Lunatic asylums in Bengal annual reports 1888-1898 - 1888-1898
Year: 1888
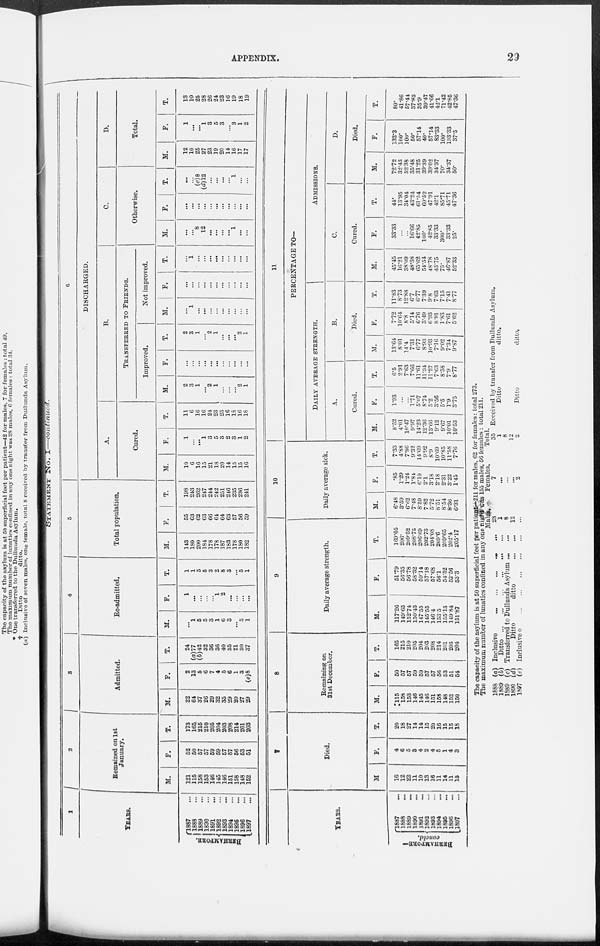
APPENDIX.
29
STATEMENT No. I—continued.
1
YEARS.
BERHAMPORE.
1887 ...
1888 ...
1889 ...
1890 ...
1891 ...
1892 ...
1893 ...
1894 ...
1895 ...
1896 ...
1897 ...
2
Remained on 1st
January.
M.
121
115
158
153
146
145
146
151
158
148
152
F.
52
50
57
57
59
59
57
57
56
53
51
T.
173
165
215
210
205
204
203
208
214
201
203
3
Admitted.
M.
22
64
37
26
29
32
35
29
20
27
29
F.
2
13
5
6
7
4
5
6
1
3
(e)8
T.
24
(a)77
(b)42
32
36
36
40
35
21
30
37
4
Re-admitted.
M.
...
1
5
5
3
1
6
3
...
5
1
F.
1
...
...
...
...
1
2
...
...
...
...
T.
1
1
5
5
3
2
8
3
...
5
1
5
Total population.
M.
143
180
200
184
178
178
187
183
178
180
182
F.
55
63
62
63
66
64
64
63
57
56
59
T.
198
243
262
247
244
242
251
246
235
236
241
6
DISCHARGED.
A.
Cured.
M.
10
6
16
15
21
18
20
14
15
15
16
F.
1
...
...
1
3
5
3
2
3
1
2
T.
11
6
16
16
24
23
23
16
18
16
18
B.
TRANSFERRED TO FRIENDS.
Improved.
M.
2
3
1
...
2
1
...
...
...
2
1
F.
...
...
...
...
...
...
...
...
...
...
...
T.
2
3
1
...
2
1
...
...
...
2
1
Not improved.
M.
...
1
...
...
...
...
...
...
...
...
...
F.
...
...
...
...
...
...
...
...
...
...
...
T.
...
1
...
...
...
...
...
...
...
...
...
C.
Otherwise.
M.
...
...
8
12
...
...
...
...
1
...
...
F.
...
...
...
...
...
...
...
...
...
...
...
T.
...
...
(e)8
(d)12 ...
...
...
...
1
...
...
D.
Total.
M.
12
10
25
27
23
19
20
14
16
17
17
F.
1
...
...
1
3
5
3
...
3
1
2
T.
13
10
25
28
26
24
23
16
19
18
19
YEARS.
BERHAMPORE—
concld.
1887 ...
1888 ...
1889 ...
1890 ...
1891 ...
1892 ...
1893 ...
1894 ...
1895 ...
1896 ...
1897 ...
7
Died.
M
16
12
22
11
10
13
16
11
14
11
15
F.
4
6
5
3
4
2
4
5
1
4
3
T.
20
18
27
14
14
15
20
16
15
15
18
8
Remaining on
31st December.
M.
115
158
153
146
145
146
151
158
148
152
150
F.
50
57
57
59
59
57
57
56
53
51
54
T.
165
215
210
205
204
203
208
214
201
203
204
9
Daily average strength.
M.
117.26
149.65
152.74
150.43
147.55
145.55
146.4
153.5
155.13
149.84
151.87
F.
51.79
56.35
56.78
58.32
59.14
57.18
57.68
56.1
54.52
52.56
53.3
T.
169.05
206.
209.52
208.75
206.69
202.73
204.08
209.6
209.65
202.4
205.17
10
Daily average sick.
M.
6.48
3.59
6.62
7.48
8.59
7.82
5.72
8.51
8.54
8.36
6.31
F.
.85
1.29
1.24
1.84
6.10
2.1
3.18
2.18
2.31
3.22
1.45
T.
7.33
4.88
7.86
9.32
14.69
9.92
8.9
10.69
10.85
11.58
7.76
11
PERCENTAGE TO—
DAILY AVERAGE STRENGTH.
A.
Cured.
M.
8.52
4.01
10.47
9.97
14.23
12.36
13.66
9.12
9.67
10.01
10.53
F.
1.93
...
...
1.71
5.07
8.74
5.2
3.56
5.5
1.9
3.75
T.
6.5
2.91
7.63
7.66
11.61
11.34
11.27
7.63
8.58
7.9
8.77
B.
Died.
M.
13.64
8.01
14.4 7.31
6.77
8.93
10.93
7.16
9.02
7.34
9.87
F.
7.72
10.64
8.8
5.14
6.76
3.49
6.93
8.91
1.83
7.61
5.62
T.
11.83
8.73
12.88
6.7
6.77
7.39
9.8
7.63
7.15
7.41
8.77
ADMISSIONS.
C.
Cured.
M.
45.45
16.21
38.09
48.38
65.62
54.54
48.78
43.75
75.
46.87
52.33
F.
33.33
...
...
16.66
42.85
100.
42.85
33.33
300.
33.33
25.
T.
44.
13.95
34.04
43.24
61.54
60.52
47.91
42.1
85.71
45.71
47.36
D.
Died.
M.
72.72
32.43
52.38
35.48
31.25
39.39
39.02
34.37
70.
34.37
50.
F.
133.3
100.
100.
50.
57.14
40.
57.14
83.33
100.
133.33
37.5
T.
80.
41.86
57.44
37.83
35.9
39.47
41.66
42.1
71.42
42.85
47.36
The capacity of the asylum is at 50 superficial feet per patient—211 for males, 62 for females: total 273.
The maximum number of lunatics confined in any one night was 155 males. 56 females : total 211.
1888
1889
1889
1890
1897
(a)
(b)
(c)
(d)
(c)
Inclusive
...
...
...
...
...
Ditto
...
...
...
...
...
Transferred to Dullunda Asylum ...
Ditto
ditto
Inclusive
of
...
...
...
...
...
Males.
28
1
8
12
...
Females.
7
...
...
...
2
Total.
35
1
8
12
2
Received by transfer from Dullunda Asylum.
Ditto
ditto.
Ditto
ditto.